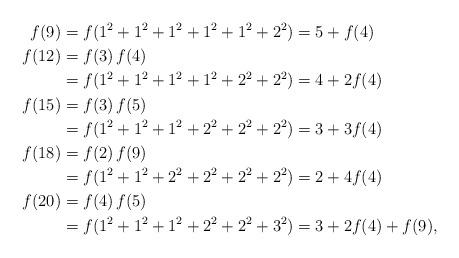
LaTeX: \begin{align*}f(9) &= f(1^2+1^2+1^2+1^2+1^2+2^2) = 5+f(4) \\f(12) &= f(3)\,f(4) \\&= f(1^2+1^2+1^2+1^2+2^2+2^2) = 4+2f(4) \\f(15)&= f(3)\,f(5) \\&= f(1^2+1^2+1^2+2^2+2^2+2^2) = 3+3f(4) \\f(18)&= f(2)\,f(9) \\&= f(1^2+1^2+2^2+2^2+2^2+2^2) = 2+4f(4) \\f(20)&= f(4)\,f(5) \\&= f(1^2+1^2+1^2+2^2+2^2+3^2) = 3+2f(4)+f(9),\end{align*}